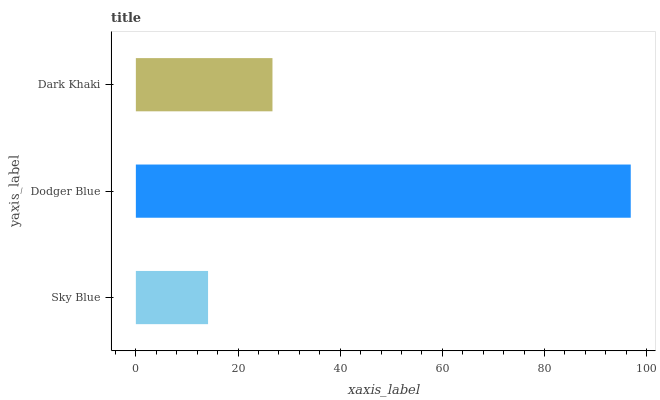
| yaxis_label | bars |
 | --- | --- |
 | Sky Blue | 14.1 |
 | Dodger Blue | 96.9 |
 | Dark Khaki | 26.7 |